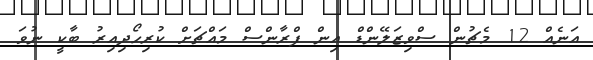
އަނެއް 12 މެޗުން ސްވިޒަލޭންޑް އިން ފްރާންސް މައްޗަށް ކުރިހޯދިއިރު ބާކީ ނުވަ